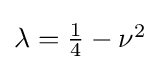
{\textstyle \lambda ={\frac {1}{4}}-\nu ^{2}}